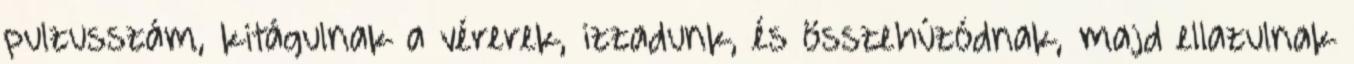
pulzusszám, kitágulnak a vérerek, izzadunk, és összehúzódnak, majd ellazulnak